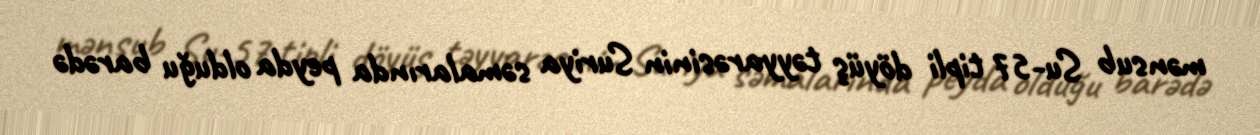
mənsub Su-57 tipli döyüş təyyarəsinin Suriya səmalarında peyda olduğu barədə